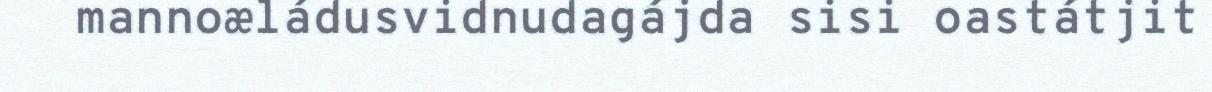
mannoæládusvidnudagájda sisi oastátjit